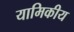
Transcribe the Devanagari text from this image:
यामिकीय